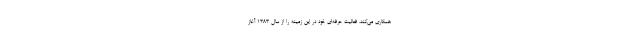
همکاری می‌کند، فعالیت حرفه‌ای خود در این زمینه را از سال 1383 آغاز